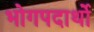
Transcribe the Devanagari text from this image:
भोगपदार्थो